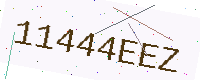
Text: 11444EEZ